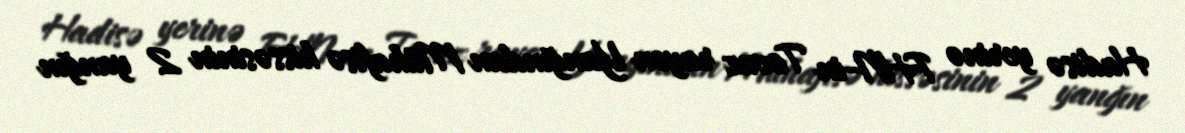
Hadisə yerinə FHN-in Tovuz rayon Yanğından Mühafisə hissəsinin 2 yanğın